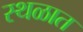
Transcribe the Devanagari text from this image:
स्थळात